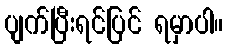
ပျက်ပြီးရင်ပြင် ရမှာပါ။